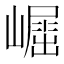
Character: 𡽈